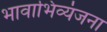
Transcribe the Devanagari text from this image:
भावाभिव्यंजना